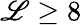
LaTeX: \mathscr{L}\geq8